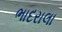
ભાદરાલા